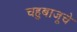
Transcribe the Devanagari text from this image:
चहुबाजूचे